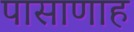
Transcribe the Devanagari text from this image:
पासाणाह